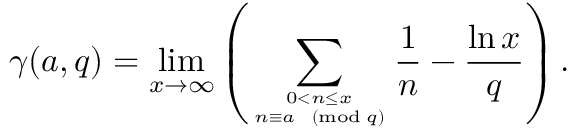
\gamma ( a , q ) = \operatorname* { l i m } _ { x \to \infty } \left( \sum _ { 0 < n \leq x \atop n \equiv a { \pmod { q } } } { \frac { 1 } { n } } - { \frac { \ln x } { q } } \right) .